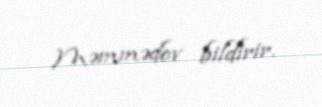
Məmmədov bildirir.